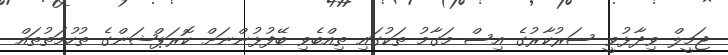
ޖަމީލް ވިދާޅުވީ ސަރުކާރުގެ އިސް މަގާމު ތަކުގައި ތިއްބެވި ބޭފުޅުންނަށް ކޮރަޕްޝަންގެ ތުހުމަތުތައް